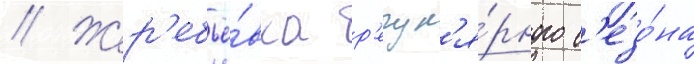
// Жер'ебьё́вка р'егул'я́рного с'езо́на